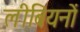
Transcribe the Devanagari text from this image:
लीबियनों